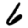
Digit: 6